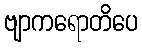
ဗျာကရောတိပေ